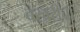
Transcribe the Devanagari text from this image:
बखरींचा